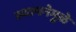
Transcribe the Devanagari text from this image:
स्थापनेमुळे